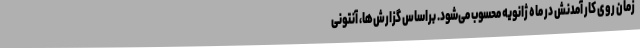
زمان روی کار آمدنش در ماه ژانویه محسوب می‌شود. براساس گزارش‌ها، آنتونی